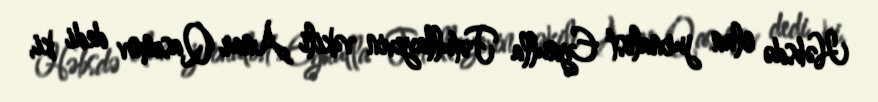
Həbsdə olan jurnalist Eynulla Fətullayevin vəkili Anar Qasımov dedi ki,